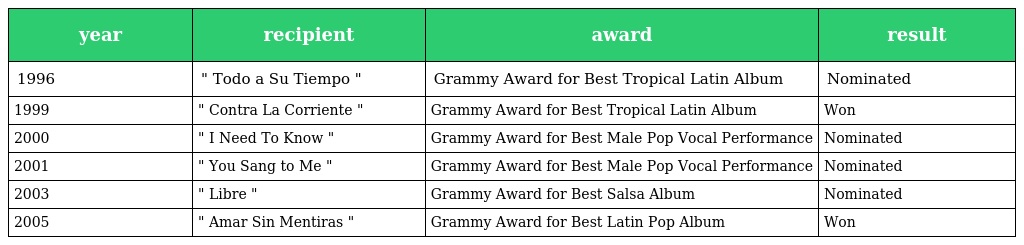
| year | recipient | award | result |
 | --- | --- | --- | --- |
 | 1996 | " Todo a Su Tiempo " | Grammy Award for Best Tropical Latin Album | Nominated |
 | 1999 | " Contra La Corriente " | Grammy Award for Best Tropical Latin Album | Won |
 | 2000 | " I Need To Know " | Grammy Award for Best Male Pop Vocal Performance | Nominated |
 | 2001 | " You Sang to Me " | Grammy Award for Best Male Pop Vocal Performance | Nominated |
 | 2003 | " Libre " | Grammy Award for Best Salsa Album | Nominated |
 | 2005 | " Amar Sin Mentiras " | Grammy Award for Best Latin Pop Album | Won |